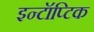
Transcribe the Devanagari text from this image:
इन्टॉप्टिक